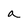
Character: a